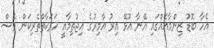
އެހާ ބޮޑު ޒިންމާއެއްގައި އޭނާ އުޅޭ އިރު އާމިރުގެ އިޖުތިމާއީ ހަރަކާތްތެރިކަން ވެސް